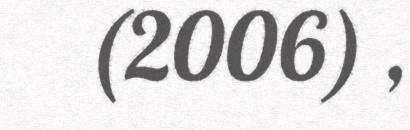
(2006) ,